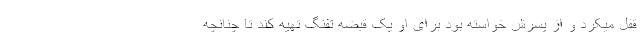
قفل میکرد و از پسرش خواسته بود برای او یک قبضه تفنگ تهیه کند تا چنانچه